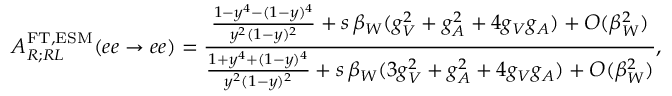
A _ { R ; R L } ^ { \mathrm { F T , E S M } } ( e e \to e e ) = \frac { \frac { 1 - y ^ { 4 } - ( 1 - y ) ^ { 4 } } { y ^ { 2 } ( 1 - y ) ^ { 2 } } + s \, \beta _ { W } ( g _ { V } ^ { 2 } + g _ { A } ^ { 2 } + 4 g _ { V } g _ { A } ) + O ( \beta _ { W } ^ { 2 } ) } { \frac { 1 + y ^ { 4 } + ( 1 - y ) ^ { 4 } } { y ^ { 2 } ( 1 - y ) ^ { 2 } } + s \, \beta _ { W } ( 3 g _ { V } ^ { 2 } + g _ { A } ^ { 2 } + 4 g _ { V } g _ { A } ) + O ( \beta _ { W } ^ { 2 } ) } ,